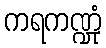
ကရကဏ္ဍုံ